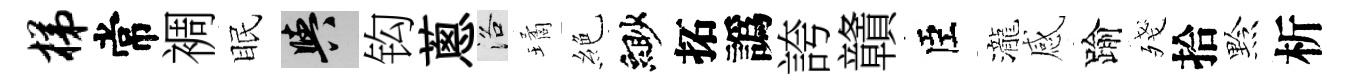
梯常裯眠阳钩蔥洛璚絶緲拓譌誇贛臣瀧感踰殘拾黔析